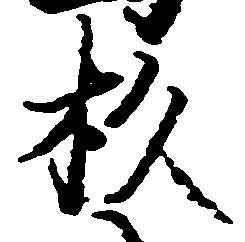
杉